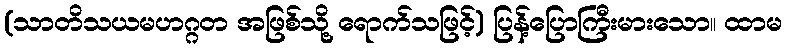
(သာတိသယမဟဂ္ဂတ အဖြစ်သို့ ရောက်သဖြင့်) ပြန့်ပြောကြီးမားသော။ ထာမ